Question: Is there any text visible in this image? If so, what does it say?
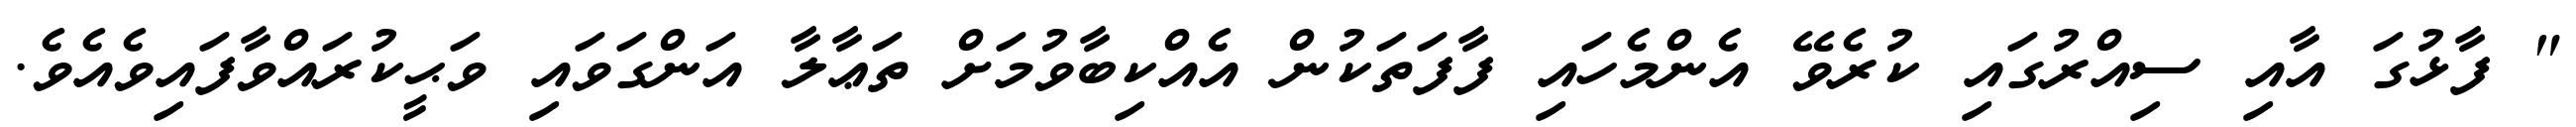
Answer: " ފާޅުގަ އާއި ސިއްރުގައި ކުރެވޭ އެންމެހައި ފާފަތަކުން އެއްކިބާވުމަށް ތަޢާލާ އަންގަވައި ވަޙީކުރައްވާފައިވެއެވެ.